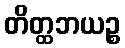
တိတ္ထဘယဉ္စ